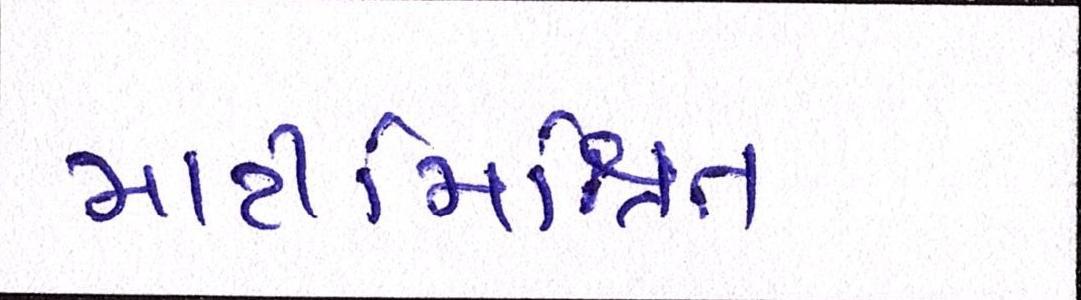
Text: માટીમિશ્રિત